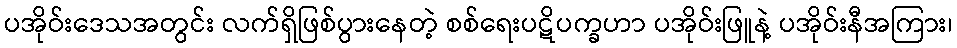
ပအိုဝ်းဒေသအတွင်း လက်ရှိဖြစ်ပွားနေတဲ့ စစ်ရေးပဋိပက္ခဟာ ပအိုဝ်းဖြူနဲ့ ပအိုဝ်းနီအကြား၊